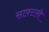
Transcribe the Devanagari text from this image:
साफ़्टली